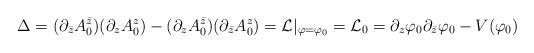
LaTeX: \begin{align*}\Delta=(\partial_{\bar{z}}A_0^{\bar{z}})(\partial_zA_0^z)-(\partial_zA_0^{\bar{z}})(\partial_{\bar{z}}A_0^z)={\cal L}|_{\varphi=\varphi_0}={\cal L}_0=\partial_z\varphi_0\partial_{\bar{z}}\varphi_0-V(\varphi_0)\end{align*}